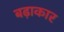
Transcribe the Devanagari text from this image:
बढ़ाकार